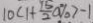
1 0 c 1 + \frac { 1 5 } { 2 } a \% > - 1